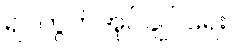
ရပ်ကွက်အုပ်ချုပ်ရေး